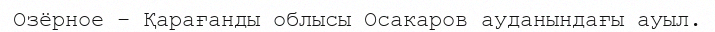
Озёрное – Қарағанды облысы Осакаров ауданындағы ауыл.